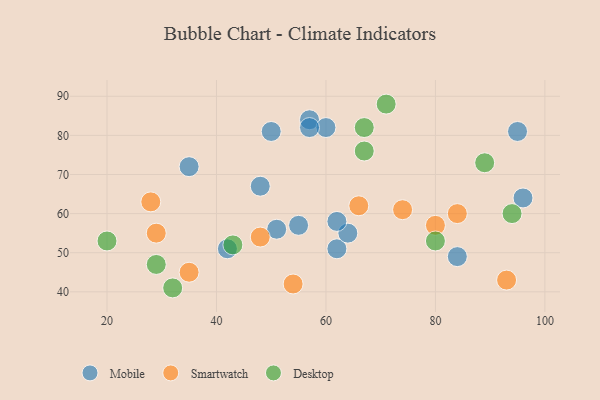
{"axis": {"x": "GDP", "y": "Life Expectancy"}, "legend": ["Desktop", "Mobile", "Smartwatch"], "data": [{"x": "57", "y": 84, "type": "Mobile"}, {"x": "35", "y": 72, "type": "Mobile"}, {"x": "62", "y": 51, "type": "Mobile"}, {"x": "60", "y": 82, "type": "Mobile"}, {"x": "55", "y": 57, "type": "Mobile"}, {"x": "42", "y": 51, "type": "Mobile"}, {"x": "84", "y": 49, "type": "Mobile"}, {"x": "64", "y": 55, "type": "Mobile"}, {"x": "62", "y": 58, "type": "Mobile"}, {"x": "95", "y": 81, "type": "Mobile"}, {"x": "96", "y": 64, "type": "Mobile"}, {"x": "57", "y": 82, "type": "Mobile"}, {"x": "51", "y": 56, "type": "Mobile"}, {"x": "50", "y": 81, "type": "Mobile"}, {"x": "48", "y": 67, "type": "Mobile"}, {"x": "80", "y": 57, "type": "Smartwatch"}, {"x": "28", "y": 63, "type": "Smartwatch"}, {"x": "66", "y": 62, "type": "Smartwatch"}, {"x": "54", "y": 42, "type": "Smartwatch"}, {"x": "48", "y": 54, "type": "Smartwatch"}, {"x": "35", "y": 45, "type": "Smartwatch"}, {"x": "29", "y": 55, "type": "Smartwatch"}, {"x": "74", "y": 61, "type": "Smartwatch"}, {"x": "84", "y": 60, "type": "Smartwatch"}, {"x": "93", "y": 43, "type": "Smartwatch"}, {"x": "71", "y": 88, "type": "Desktop"}, {"x": "20", "y": 53, "type": "Desktop"}, {"x": "32", "y": 41, "type": "Desktop"}, {"x": "43", "y": 52, "type": "Desktop"}, {"x": "94", "y": 60, "type": "Desktop"}, {"x": "89", "y": 73, "type": "Desktop"}, {"x": "80", "y": 53, "type": "Desktop"}, {"x": "29", "y": 47, "type": "Desktop"}, {"x": "67", "y": 82, "type": "Desktop"}, {"x": "67", "y": 76, "type": "Desktop"}]}